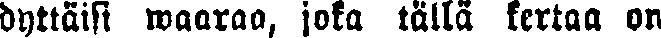
dyttäisi waaraa, joka tällä kertaa on